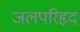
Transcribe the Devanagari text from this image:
जलपरिहृद